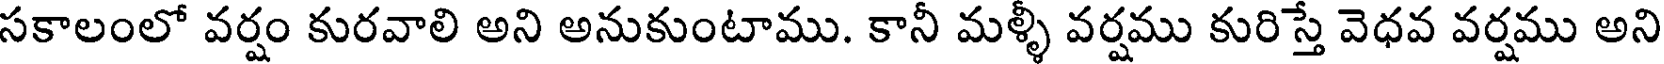
సకాలంలో వర్షం కురవాలి అని అనుకుంటాము. కానీ మళ్ళీ వర్షము కురిస్తే వెధవ వర్షము అని